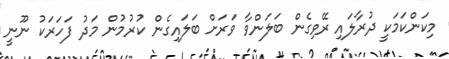
މިކަންކަމަކީ ދުރާލައި ރޭވިގެން ބަލަންވާ ވަރަށް ބަލައިގެން ކުރުމުން މަދު ފަހަރަކު ނޫނީ